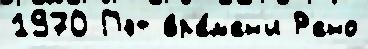
1970 Пэт вр'е́м'ен'и Р'ено